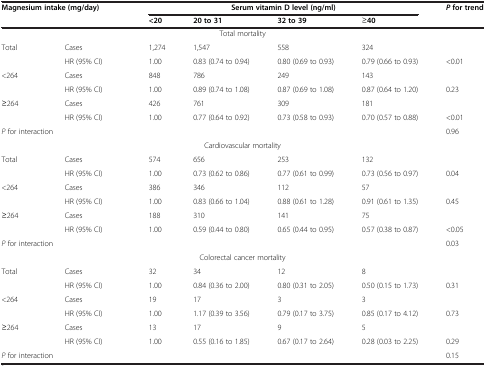
<table><thead><tr><td rowspan="2" colspan="2"><b>Magnesium intake (mg/day)</b></td><td colspan="4"><b>Serum vitamin D level (ng/ml)</b></td><td rowspan="2"><b><i>P </i>for trend</b></td></tr><tr><td><b>&lt;20</b></td><td><b>20 to 31</b></td><td><b>32 to 39</b></td><td><b>≥40</b></td></tr></thead><tbody><tr><td colspan="7">Total mortality</td></tr><tr><td rowspan="2">Total</td><td>Cases</td><td>1,274</td><td>1,547</td><td>558</td><td>324</td><td> </td></tr><tr><td>HR (95% CI)</td><td>1.00</td><td>0.83 (0.74 to 0.94)</td><td>0.80 (0.69 to 0.93)</td><td>0.79 (0.66 to 0.93)</td><td>&lt;0.01</td></tr><tr><td rowspan="2">&lt;264</td><td>Cases</td><td>848</td><td>786</td><td>249</td><td>143</td><td> </td></tr><tr><td>HR (95% CI)</td><td>1.00</td><td>0.89 (0.74 to 1.08)</td><td>0.87 (0.69 to 1.08)</td><td>0.87 (0.64 to 1.20)</td><td>0.23</td></tr><tr><td rowspan="2">≥264</td><td>Cases</td><td>426</td><td>761</td><td>309</td><td>181</td><td> </td></tr><tr><td>HR (95% CI)</td><td>1.00</td><td>0.77 (0.64 to 0.92)</td><td>0.73 (0.58 to 0.93)</td><td>0.70 (0.57 to 0.88)</td><td>&lt;0.01</td></tr><tr><td colspan="2"><i>P</i> for interaction</td><td> </td><td> </td><td> </td><td> </td><td>0.96</td></tr><tr><td colspan="7">Cardiovascular mortality</td></tr><tr><td rowspan="2">Total</td><td>Cases</td><td>574</td><td>656</td><td>253</td><td>132</td><td> </td></tr><tr><td>HR (95% CI)</td><td>1.00</td><td>0.73 (0.62 to 0.86)</td><td>0.77 (0.61 to 0.99)</td><td>0.73 (0.56 to 0.97)</td><td>0.04</td></tr><tr><td rowspan="2">&lt;264</td><td>Cases</td><td>386</td><td>346</td><td>112</td><td>57</td><td> </td></tr><tr><td>HR (95% CI)</td><td>1.00</td><td>0.83 (0.66 to 1.04)</td><td>0.88 (0.61 to 1.28)</td><td>0.91 (0.61 to 1.35)</td><td>0.45</td></tr><tr><td rowspan="2">≥264</td><td>Cases</td><td>188</td><td>310</td><td>141</td><td>75</td><td> </td></tr><tr><td>HR (95% CI)</td><td>1.00</td><td>0.59 (0.44 to 0.80)</td><td>0.65 (0.44 to 0.95)</td><td>0.57 (0.38 to 0.87)</td><td>&lt;0.05</td></tr><tr><td colspan="2"><i>P</i> for interaction</td><td> </td><td> </td><td> </td><td> </td><td>0.03</td></tr><tr><td colspan="7">Colorectal cancer mortality</td></tr><tr><td rowspan="2">Total</td><td>Cases</td><td>32</td><td>34</td><td>12</td><td>8</td><td> </td></tr><tr><td>HR (95% CI)</td><td>1.00</td><td>0.84 (0.36 to 2.00)</td><td>0.80 (0.31 to 2.05)</td><td>0.50 (0.15 to 1.73)</td><td>0.31</td></tr><tr><td rowspan="2">&lt;264</td><td>Cases</td><td>19</td><td>17</td><td>3</td><td>3</td><td> </td></tr><tr><td>HR (95% CI)</td><td>1.00</td><td>1.17 (0.39 to 3.56)</td><td>0.79 (0.17 to 3.75)</td><td>0.85 (0.17 to 4.12)</td><td>0.73</td></tr><tr><td rowspan="2">≥264</td><td>Cases</td><td>13</td><td>17</td><td>9</td><td>5</td><td> </td></tr><tr><td>HR (95% CI)</td><td>1.00</td><td>0.55 (0.16 to 1.85)</td><td>0.67 (0.17 to 2.64)</td><td>0.28 (0.03 to 2.25)</td><td>0.29</td></tr><tr><td colspan="2"><i>P</i> for interaction</td><td> </td><td> </td><td> </td><td> </td><td>0.15</td></tr></tbody></table>